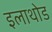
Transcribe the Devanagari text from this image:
इलाथोड